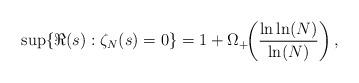
LaTeX: \begin{align*} \sup\{\Re(s):\zeta_N(s)=0\}=1+\Omega_+\!\!\left({\frac{\ln\ln(N)}{\ln(N)}}\right),\end{align*}